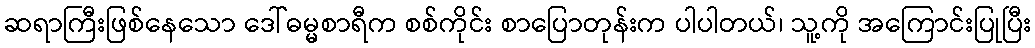
ဆရာကြီးဖြစ်နေသော ဒေါ်ဓမ္မစာရီက စစ်ကိုင်း စာပြောတုန်းက ပါပါတယ်၊ သူ့ကို အကြောင်းပြုပြီး